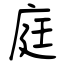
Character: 庭